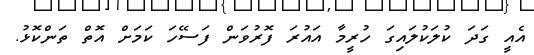
އެއީ ގަދަ ކުލަކުލައިގަ ހުރީމާ އައުރަ ފޮރުވަން ފަސޭހަ ކަމަށް އޮތް ތަންކޮޅު.